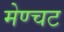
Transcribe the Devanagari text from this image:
मेण्चट